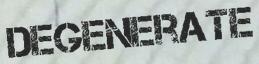
DEGENERATE